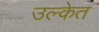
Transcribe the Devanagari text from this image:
उल्केत